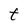
Character: t